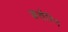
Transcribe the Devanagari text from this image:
कसेरिन